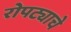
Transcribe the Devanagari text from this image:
रोपट्याचे